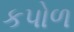
કપોળ